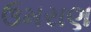
ઉમરાણ